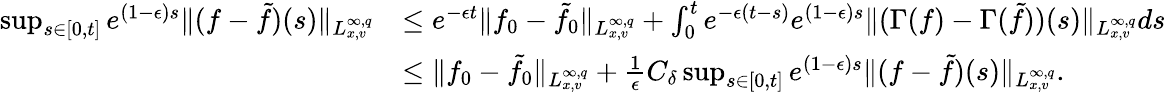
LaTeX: \begin{array}{rl}{\operatorname*{sup}_{s\in[0,t]}e^{(1-\epsilon)s}\| (f-\tilde{f})(s)\| _{L_{x,v}^{\infty,q}}}&{\leq e^{-\epsilon t}\| f_{0}-\tilde{f}_{0}\| _{L_{x,v}^{\infty,q}}+\int_{0}^{t}e^{-\epsilon(t-s)}e^{(1-\epsilon)s}\| (\Gamma(f)-\Gamma(\tilde{f}))(s)\| _{L_{x,v}^{\infty,q}}ds}\\ &{\leq\| f_{0}-\tilde{f}_{0}\| _{L_{x,v}^{\infty,q}}+\frac{1}{\epsilon}C_{\delta}\operatorname*{sup}_{s\in[0,t]}e^{(1-\epsilon)s}\| (f-\tilde{f})(s)\| _{L_{x,v}^{\infty,q}}.}\end{array}